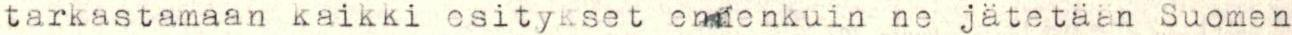
tarkastamaan kaikki esitykset ennenkuin ne jätetään Suomen